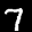
Label: 7